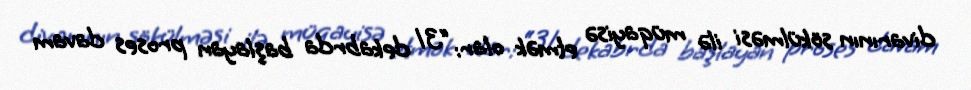
divarının sökülməsi ilə müqayisə etmək olar: “31 dekabrda başlayan proses davam